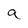
Character: a